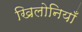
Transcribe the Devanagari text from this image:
खिलोनियाँ